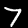
Digit: 7